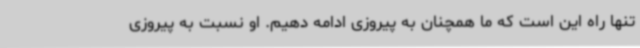
تنها راه این است که ما همچنان به پیروزی ادامه دهیم. او نسبت به پیروزی